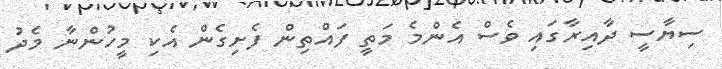
ސިޔާސީ ދާއިރާގައި ވެސް އެންމެ މަތީ ފައްތިން ފެށިގެން އެކި މީހުންނާ މެދު